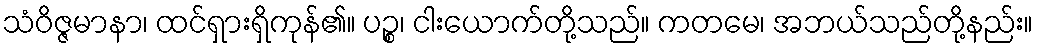
သံဝိဇ္ဇမာနာ၊ ထင်ရှားရှိကုန်၏။ ပဉ္စ၊ ငါးယောက်တို့သည်။ ကတမေ၊ အဘယ်သည်တို့နည်း။